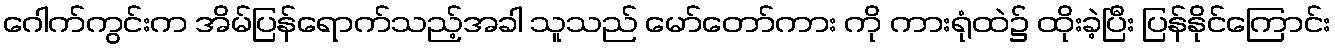
ဂေါက်ကွင်းက အိမ်ပြန်ရောက်သည့်အခါ သူသည် မော်တော်ကား ကို ကားရုံထဲ၌ ထိုးခဲ့ပြီး ပြန်နိုင်ကြောင်း